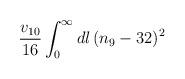
LaTeX: \begin{align*}\frac{v_{10}}{16}\int_0^\infty dl\, (n_9 - 32)^2\end{align*}